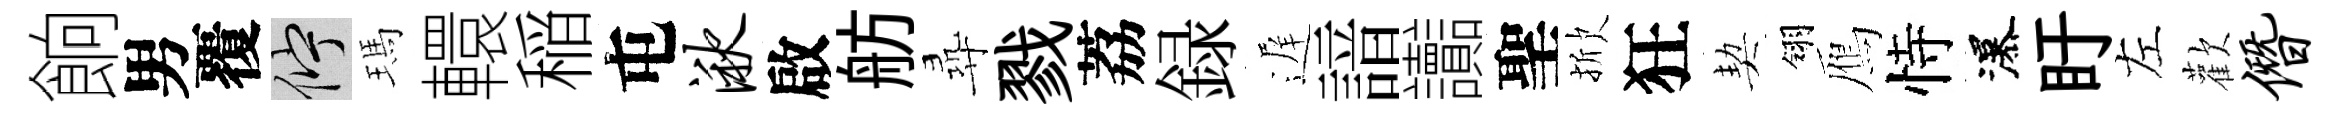
餉男覆伫瑪轘稲屯湫啟舫尋戮荔録遅諳讟聖掀狂契翎鴈恃瀑盱左歡僭